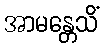
အာမန္တေသိံ